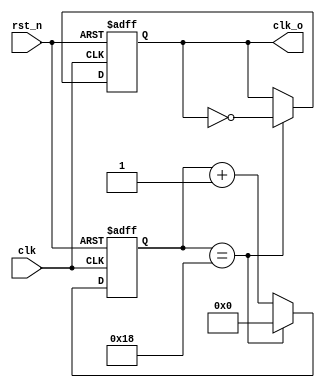
//500kHz
module sam_clk_gen(
        input wire      clk     ,  //50MHz
        input wire      rst_n   ,
        
        output reg      clk_o   
    );
    
    reg [5:0] cnt_clk   ;
    //cnt_clk
    always @ (posedge clk or negedge rst_n) begin
        if(rst_n == 1'b0) begin
            cnt_clk <= 1'b0;
        end else if(cnt_clk == 6'd24) begin
            cnt_clk <= 1'b0;
        end else begin
            cnt_clk <= cnt_clk + 6'd1;
        end
    end
    
    //clk_o
    always @ (posedge clk or negedge rst_n) begin
        if(rst_n == 1'b0) begin
            clk_o <= 1'b0;
        end else if(cnt_clk == 6'd24) begin
            clk_o <= ~clk_o;
        end
    end

endmodule